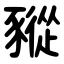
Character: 豵